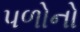
પળોનો